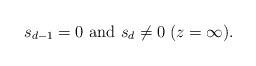
LaTeX: \begin{align*}s_{d-1}=0 \textrm{ and } s_d\ne 0 \;(z=\infty).\end{align*}